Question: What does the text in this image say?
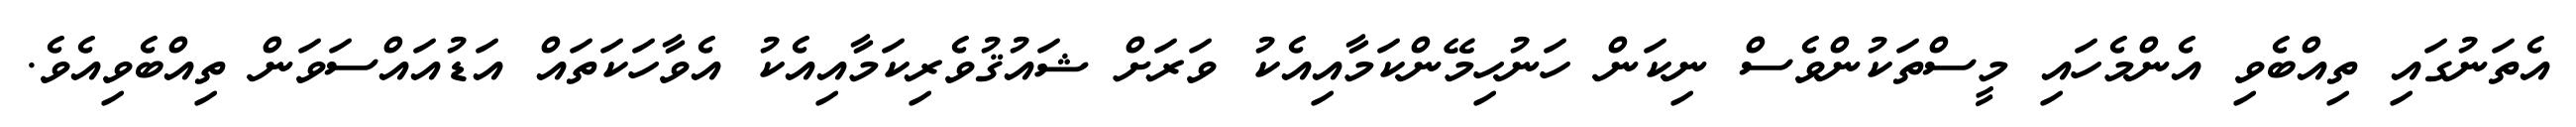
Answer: އެތަނުގައި ތިއްބެވި އެންމެހައި މީސްތަކުންވެސް ނިކަން ހަނުހިމޭންކަމާއިއެކު ވަރަށް ޝައުޤުވެރިކަމާއިއެކު އެވާހަކަތައް އަޑުއައްސަވަން ތިއްބެވިއެވެ.